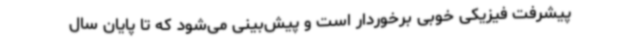
پیشرفت فیزیکی خوبی برخوردار است و پیش‌بینی می‌شود که تا پایان سال